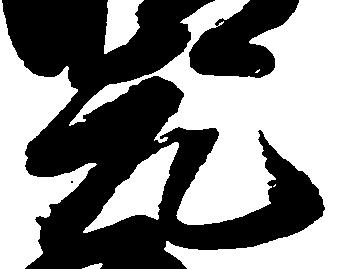
元